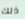
ذلك